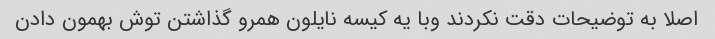
اصلا به توضیحات دقت نکردند وبا یه کیسه نایلون همرو گذاشتن توش بهمون دادن